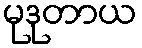
မုဒုတာယ